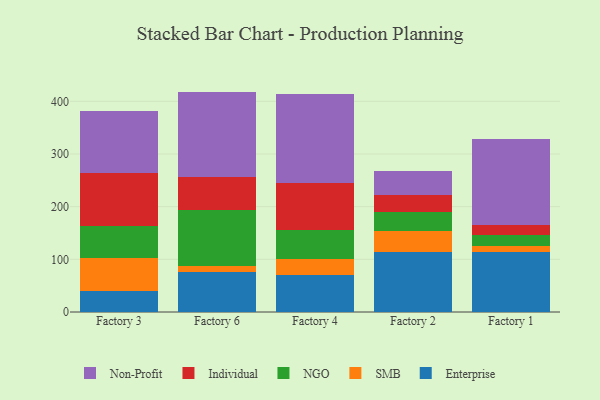
{"axis": {"x": "Factory", "y": "Population (Million)"}, "legend": ["Enterprise", "Individual", "NGO", "Non-Profit", "SMB"], "data": [{"x": "Factory 3", "y": 40.6, "type": "Enterprise"}, {"x": "Factory 3", "y": 62.3, "type": "SMB"}, {"x": "Factory 3", "y": 60.1, "type": "NGO"}, {"x": "Factory 3", "y": 101.6, "type": "Individual"}, {"x": "Factory 3", "y": 117.8, "type": "Non-Profit"}, {"x": "Factory 6", "y": 76.9, "type": "Enterprise"}, {"x": "Factory 6", "y": 10.8, "type": "SMB"}, {"x": "Factory 6", "y": 106.6, "type": "NGO"}, {"x": "Factory 6", "y": 61.3, "type": "Individual"}, {"x": "Factory 6", "y": 162.9, "type": "Non-Profit"}, {"x": "Factory 4", "y": 70.6, "type": "Enterprise"}, {"x": "Factory 4", "y": 29.6, "type": "SMB"}, {"x": "Factory 4", "y": 56.0, "type": "NGO"}, {"x": "Factory 4", "y": 89.1, "type": "Individual"}, {"x": "Factory 4", "y": 168.7, "type": "Non-Profit"}, {"x": "Factory 2", "y": 114.6, "type": "Enterprise"}, {"x": "Factory 2", "y": 39.9, "type": "SMB"}, {"x": "Factory 2", "y": 36.3, "type": "NGO"}, {"x": "Factory 2", "y": 30.8, "type": "Individual"}, {"x": "Factory 2", "y": 46.0, "type": "Non-Profit"}, {"x": "Factory 1", "y": 114.5, "type": "Enterprise"}, {"x": "Factory 1", "y": 11.0, "type": "SMB"}, {"x": "Factory 1", "y": 20.8, "type": "NGO"}, {"x": "Factory 1", "y": 19.4, "type": "Individual"}, {"x": "Factory 1", "y": 162.8, "type": "Non-Profit"}]}